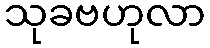
သုခဗဟုလာ